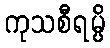
ကုသစီရမ္ပိ